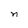
Character: n